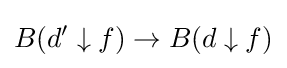
B(d'\downarrow f)\to B(d\downarrow f)